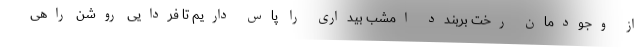
از وجودمان رخت بربندد امشب بیداری را پاس داریم تا فردایی روشن راهی